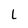
Character: L